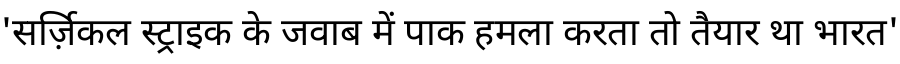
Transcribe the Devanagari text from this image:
'सर्ज़िकल स्ट्राइक के जवाब में पाक हमला करता तो तैयार था भारत'